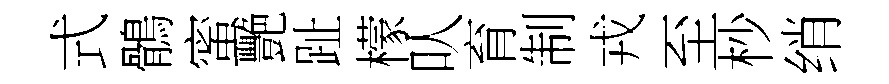
式鶻蜜艷趾檬㕥育制戎至杪绡